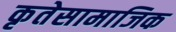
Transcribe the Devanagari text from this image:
कृतेसामाजिक